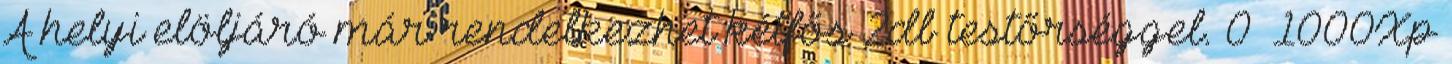
A helyi elöljáró már rendelkezhet kétfős 2db testőrséggel. 0 1000Xp